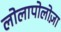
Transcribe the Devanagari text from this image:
लोलापोलोज़ा